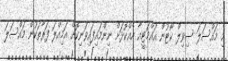
މި މައްސަލަ ސިވިލް ކޯޓުން އައްމަޓީއާ އެއްކޮޅަށް ނިންމައިފައިވަނިކޮށް އަމިއްލަ ފަރާތަކުން މައްސަލަ